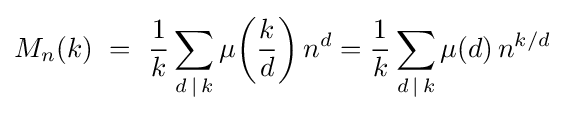
M_{n}(k)\ =\ {1 \over k}\sum _{d\,|\,k}\mu \!\left({k \over d}\right)n^{d}={1 \over k}\sum _{d\,|\,k}\mu \!\left({d}\right)n^{k/d}